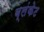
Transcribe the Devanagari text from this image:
ब्लंकेट